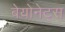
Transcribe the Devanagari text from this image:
बेयोनेट्स